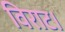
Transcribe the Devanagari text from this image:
विराट।